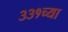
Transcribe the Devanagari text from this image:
३३१च्या